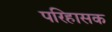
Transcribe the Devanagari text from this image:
परिहासक